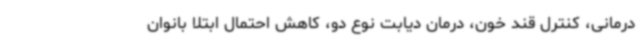
درمانی، کنترل قند خون، درمان دیابت نوع دو، کاهش احتمال ابتلا بانوان